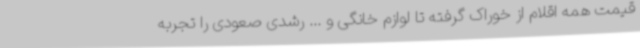
قیمت همه اقلام از خوراک گرفته تا لوازم خانگی و ... رشدی صعودی را تجربه